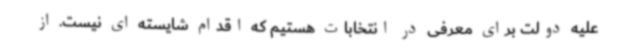
علیه دولت برای معرفی در انتخابات هستیم که اقدام شایسته ای نیست. از